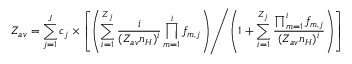
Z _ { a v } = \sum _ { j = 1 } ^ { J } c _ { j } \times \left[ \left( \sum _ { i = 1 } ^ { Z _ { j } } \frac { i } { ( Z _ { a v } n _ { H } ) ^ { i } } \prod _ { m = 1 } ^ { i } f _ { m , j } \right) \middle / \left( 1 + \sum _ { i = 1 } ^ { Z _ { j } } \frac { \prod _ { m = 1 } ^ { i } f _ { m , j } } { ( Z _ { a v } n _ { H } ) ^ { i } } \right) \right]